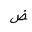
Letter: _dad